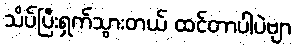
သိပ်ပြီးရှက်သွားတယ် ထင်တာပါပဲဗျာ